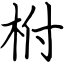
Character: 柎